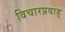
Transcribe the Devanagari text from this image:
विचारप्रवाह्